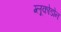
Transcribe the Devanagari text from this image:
ग्लूकोडोन